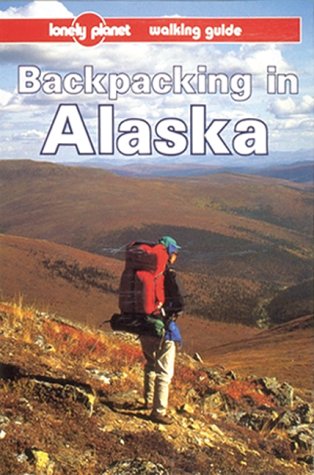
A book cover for Lonely Planet Backpacking in Alaska (Backpacking in Alaska, 1st ed); Jim Dufresne; Travel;